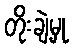
တိုးချဲ့မှု